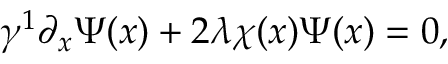
\gamma ^ { 1 } \partial _ { x } \Psi ( x ) + 2 \lambda \chi ( x ) \Psi ( x ) = 0 ,